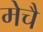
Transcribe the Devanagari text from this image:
मेचै